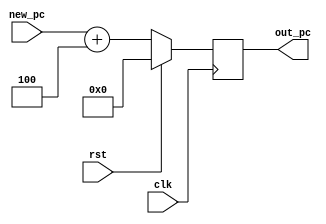
`timescale 1ns / 1ps
//////////////////////////////////////////////////////////////////////////////////
// Company: 
// Engineer: 
// 
// Design Name: 
// Module Name: program_counter
// Project Name: 
// Target Devices: 
// Tool Versions: 
// Description: 
// 
// Dependencies: 
// 
// Revision:
// Revision 0.01 - File Created
// Additional Comments:
// 
//////////////////////////////////////////////////////////////////////////////////


module program_counter#(parameter WIDTH = 32)(
    input clk,
    input rst,
    input[WIDTH-1:0] new_pc,
    output[WIDTH-1:0] out_pc
    );
    
    reg[WIDTH-1:0] temp_pc;
    
    always@(posedge clk)begin
        if(rst)
            temp_pc <= 0;
        
        else begin
            temp_pc <= new_pc+4;
        end
    end    
    
   assign out_pc = temp_pc;
    
endmodule